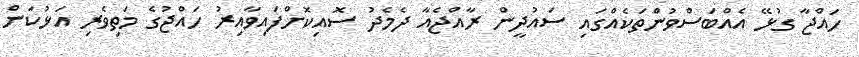
ހައްޖާ ގުޅޭ އެއްބަސްވުންތަކެއްގައި ސައުދީން ރާއްޖެއާ ދެމެދު ސޮއިކޮށްފައިވާއިރު ހައްޖުގެ މަތިވެރި އަޅުކަން